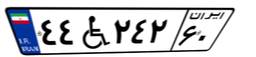
۰۴W۰۰۹۲۹